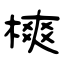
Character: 樉